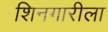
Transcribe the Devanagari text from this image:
शिनगारीला